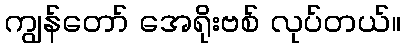
ကျွန်တော် အေရိုးဗစ် လုပ်တယ်။